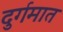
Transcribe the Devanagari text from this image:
दुर्गमात